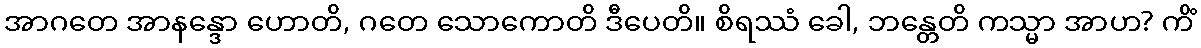
အာဂတေ အာနန္ဒော ဟောတိ, ဂတေ သောကောတိ ဒီပေတိ။ စိရဿံ ခေါ, ဘန္တေတိ ကသ္မာ အာဟ? ကိံ